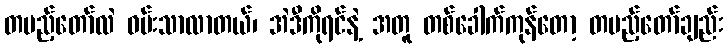
တပည့်တော်လဲ ဝမ်းသာလာတယ်၊ အဲဒီကိုရင်နဲ့ အတူ တစ်ခေါက်ကုန်တော့ တပည့်တော်ချည်း